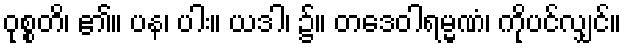
ဝုစ္စတိ၊ ၏။ ပန၊ ပါး။ ယဒါ၊ ၌။ တဒေဝါရမ္မဏံ၊ ကိုပင်လျှင်။